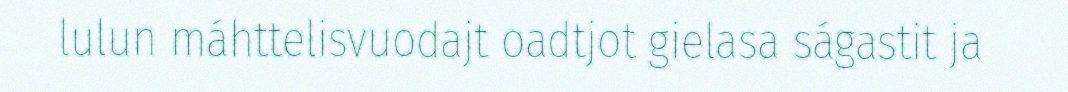
lulun máhttelisvuodajt oadtjot gielasa ságastit ja